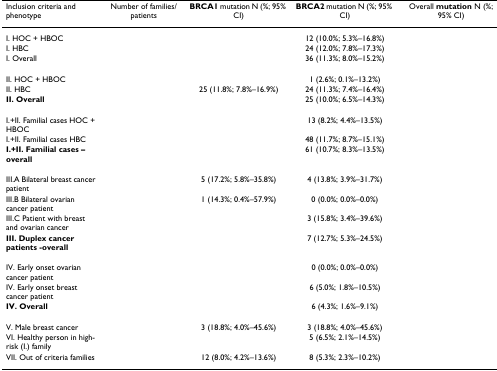
<table><thead><tr><td><b>Inclusion criteria and phenotype</b></td><td><b>Number of families/patients</b></td><td><b>BRCA1 mutation N (%; 95% CI)</b></td><td><b>BRCA2 mutation N (%; 95% CI)</b></td><td><b>Overall mutation N (%; 95% CI)</b></td></tr></thead><tbody><tr><td>I. HOC + HBOC</td><td>[EMPTY_CELL]</td><td>[EMPTY_CELL]</td><td>12 (10.0%; 5.3%–16.8%)</td><td>[EMPTY_CELL]</td></tr><tr><td>I. HBC</td><td>[EMPTY_CELL]</td><td>[EMPTY_CELL]</td><td>24 (12.0%; 7.8%–17.3%)</td><td>[EMPTY_CELL]</td></tr><tr><td>I. Overall</td><td>[EMPTY_CELL]</td><td>[EMPTY_CELL]</td><td>36 (11.3%; 8.0%–15.2%)</td><td>[EMPTY_CELL]</td></tr><tr><td>II. HOC + HBOC</td><td>[EMPTY_CELL]</td><td>[EMPTY_CELL]</td><td>1 (2.6%; 0.1%–13.2%)</td><td>[EMPTY_CELL]</td></tr><tr><td>II. HBC</td><td>[EMPTY_CELL]</td><td>25 (11.8%; 7.8%–16.9%)</td><td>24 (11.3%; 7.4%–16.4%)</td><td>[EMPTY_CELL]</td></tr><tr><td><b>II. Overall</b></td><td>[EMPTY_CELL]</td><td>[EMPTY_CELL]</td><td>25 (10.0%; 6.5%–14.3%)</td><td>[EMPTY_CELL]</td></tr><tr><td>I.+II. Familial cases HOC + HBOC</td><td>[EMPTY_CELL]</td><td>[EMPTY_CELL]</td><td>13 (8.2%; 4.4%–13.5%)</td><td>[EMPTY_CELL]</td></tr><tr><td>I.+II. Familial cases HBC</td><td>[EMPTY_CELL]</td><td>[EMPTY_CELL]</td><td>48 (11.7%; 8.7%–15.1%)</td><td>[EMPTY_CELL]</td></tr><tr><td><b>I.+II. Familial cases – overall</b></td><td>[EMPTY_CELL]</td><td>[EMPTY_CELL]</td><td>61 (10.7%; 8.3%–13.5%)</td><td>[EMPTY_CELL]</td></tr><tr><td>III.A Bilateral breast cancer patient</td><td>[EMPTY_CELL]</td><td>5 (17.2%; 5.8%–35.8%)</td><td>4 (13.8%; 3.9%–31.7%)</td><td>[EMPTY_CELL]</td></tr><tr><td>III.B Bilateral ovarian cancer patient</td><td>[EMPTY_CELL]</td><td>1 (14.3%; 0.4%–57.9%)</td><td>0 (0.0%; 0.0%–0.0%)</td><td>[EMPTY_CELL]</td></tr><tr><td>III.C Patient with breast and ovarian cancer</td><td>[EMPTY_CELL]</td><td>[EMPTY_CELL]</td><td>3 (15.8%; 3.4%–39.6%)</td><td>[EMPTY_CELL]</td></tr><tr><td><b>III. Duplex cancer patients -overall</b></td><td>[EMPTY_CELL]</td><td>[EMPTY_CELL]</td><td>7 (12.7%; 5.3%–24.5%)</td><td>[EMPTY_CELL]</td></tr><tr><td>IV. Early onset ovarian cancer patient</td><td>[EMPTY_CELL]</td><td>[EMPTY_CELL]</td><td>0 (0.0%; 0.0%–0.0%)</td><td>[EMPTY_CELL]</td></tr><tr><td>IV. Early onset breast cancer patient</td><td>[EMPTY_CELL]</td><td>[EMPTY_CELL]</td><td>6 (5.0%; 1.8%–10.5%)</td><td>[EMPTY_CELL]</td></tr><tr><td><b>IV. Overall</b></td><td>[EMPTY_CELL]</td><td>[EMPTY_CELL]</td><td>6 (4.3%; 1.6%–9.1%)</td><td>[EMPTY_CELL]</td></tr><tr><td>V. Male breast cancer</td><td>[EMPTY_CELL]</td><td>3 (18.8%; 4.0%–45.6%)</td><td>3 (18.8%; 4.0%–45.6%)</td><td>[EMPTY_CELL]</td></tr><tr><td>VI. Healthy person in high-risk (I.) family</td><td>[EMPTY_CELL]</td><td>[EMPTY_CELL]</td><td>5 (6.5%; 2.1%–14.5%)</td><td>[EMPTY_CELL]</td></tr><tr><td>VII. Out of criteria families</td><td>[EMPTY_CELL]</td><td>12 (8.0%; 4.2%–13.6%)</td><td>8 (5.3%; 2.3%–10.2%)</td><td>[EMPTY_CELL]</td></tr></tbody></table>